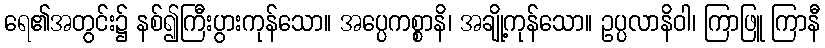
ရေ၏အတွင်း၌ နစ်၍ကြီးပွားကုန်သော။ အပ္ပေကစ္စာနိ၊ အချို့ကုန်သော။ ဥပ္ပလာနိဝါ၊ ကြာဖြူ ကြာနီ